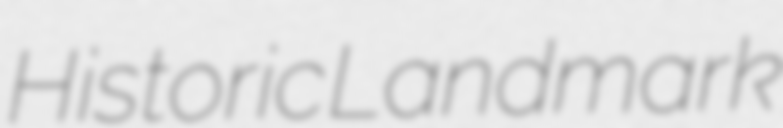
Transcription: Historic Landmark